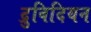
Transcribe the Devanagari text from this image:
द्रुविदियन